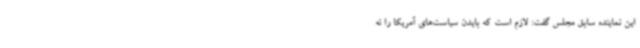
این نماینده سابق مجلس گفت: لازم است که بایدن سیاست‌های آمریکا را نه